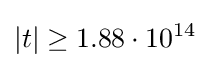
|t|\geq 1.88\cdot 10^{14}